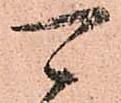
可